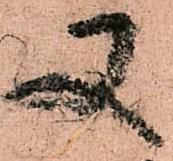
又